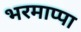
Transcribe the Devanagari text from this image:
भरमाप्पा